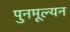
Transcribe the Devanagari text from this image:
पुनमूल्यन